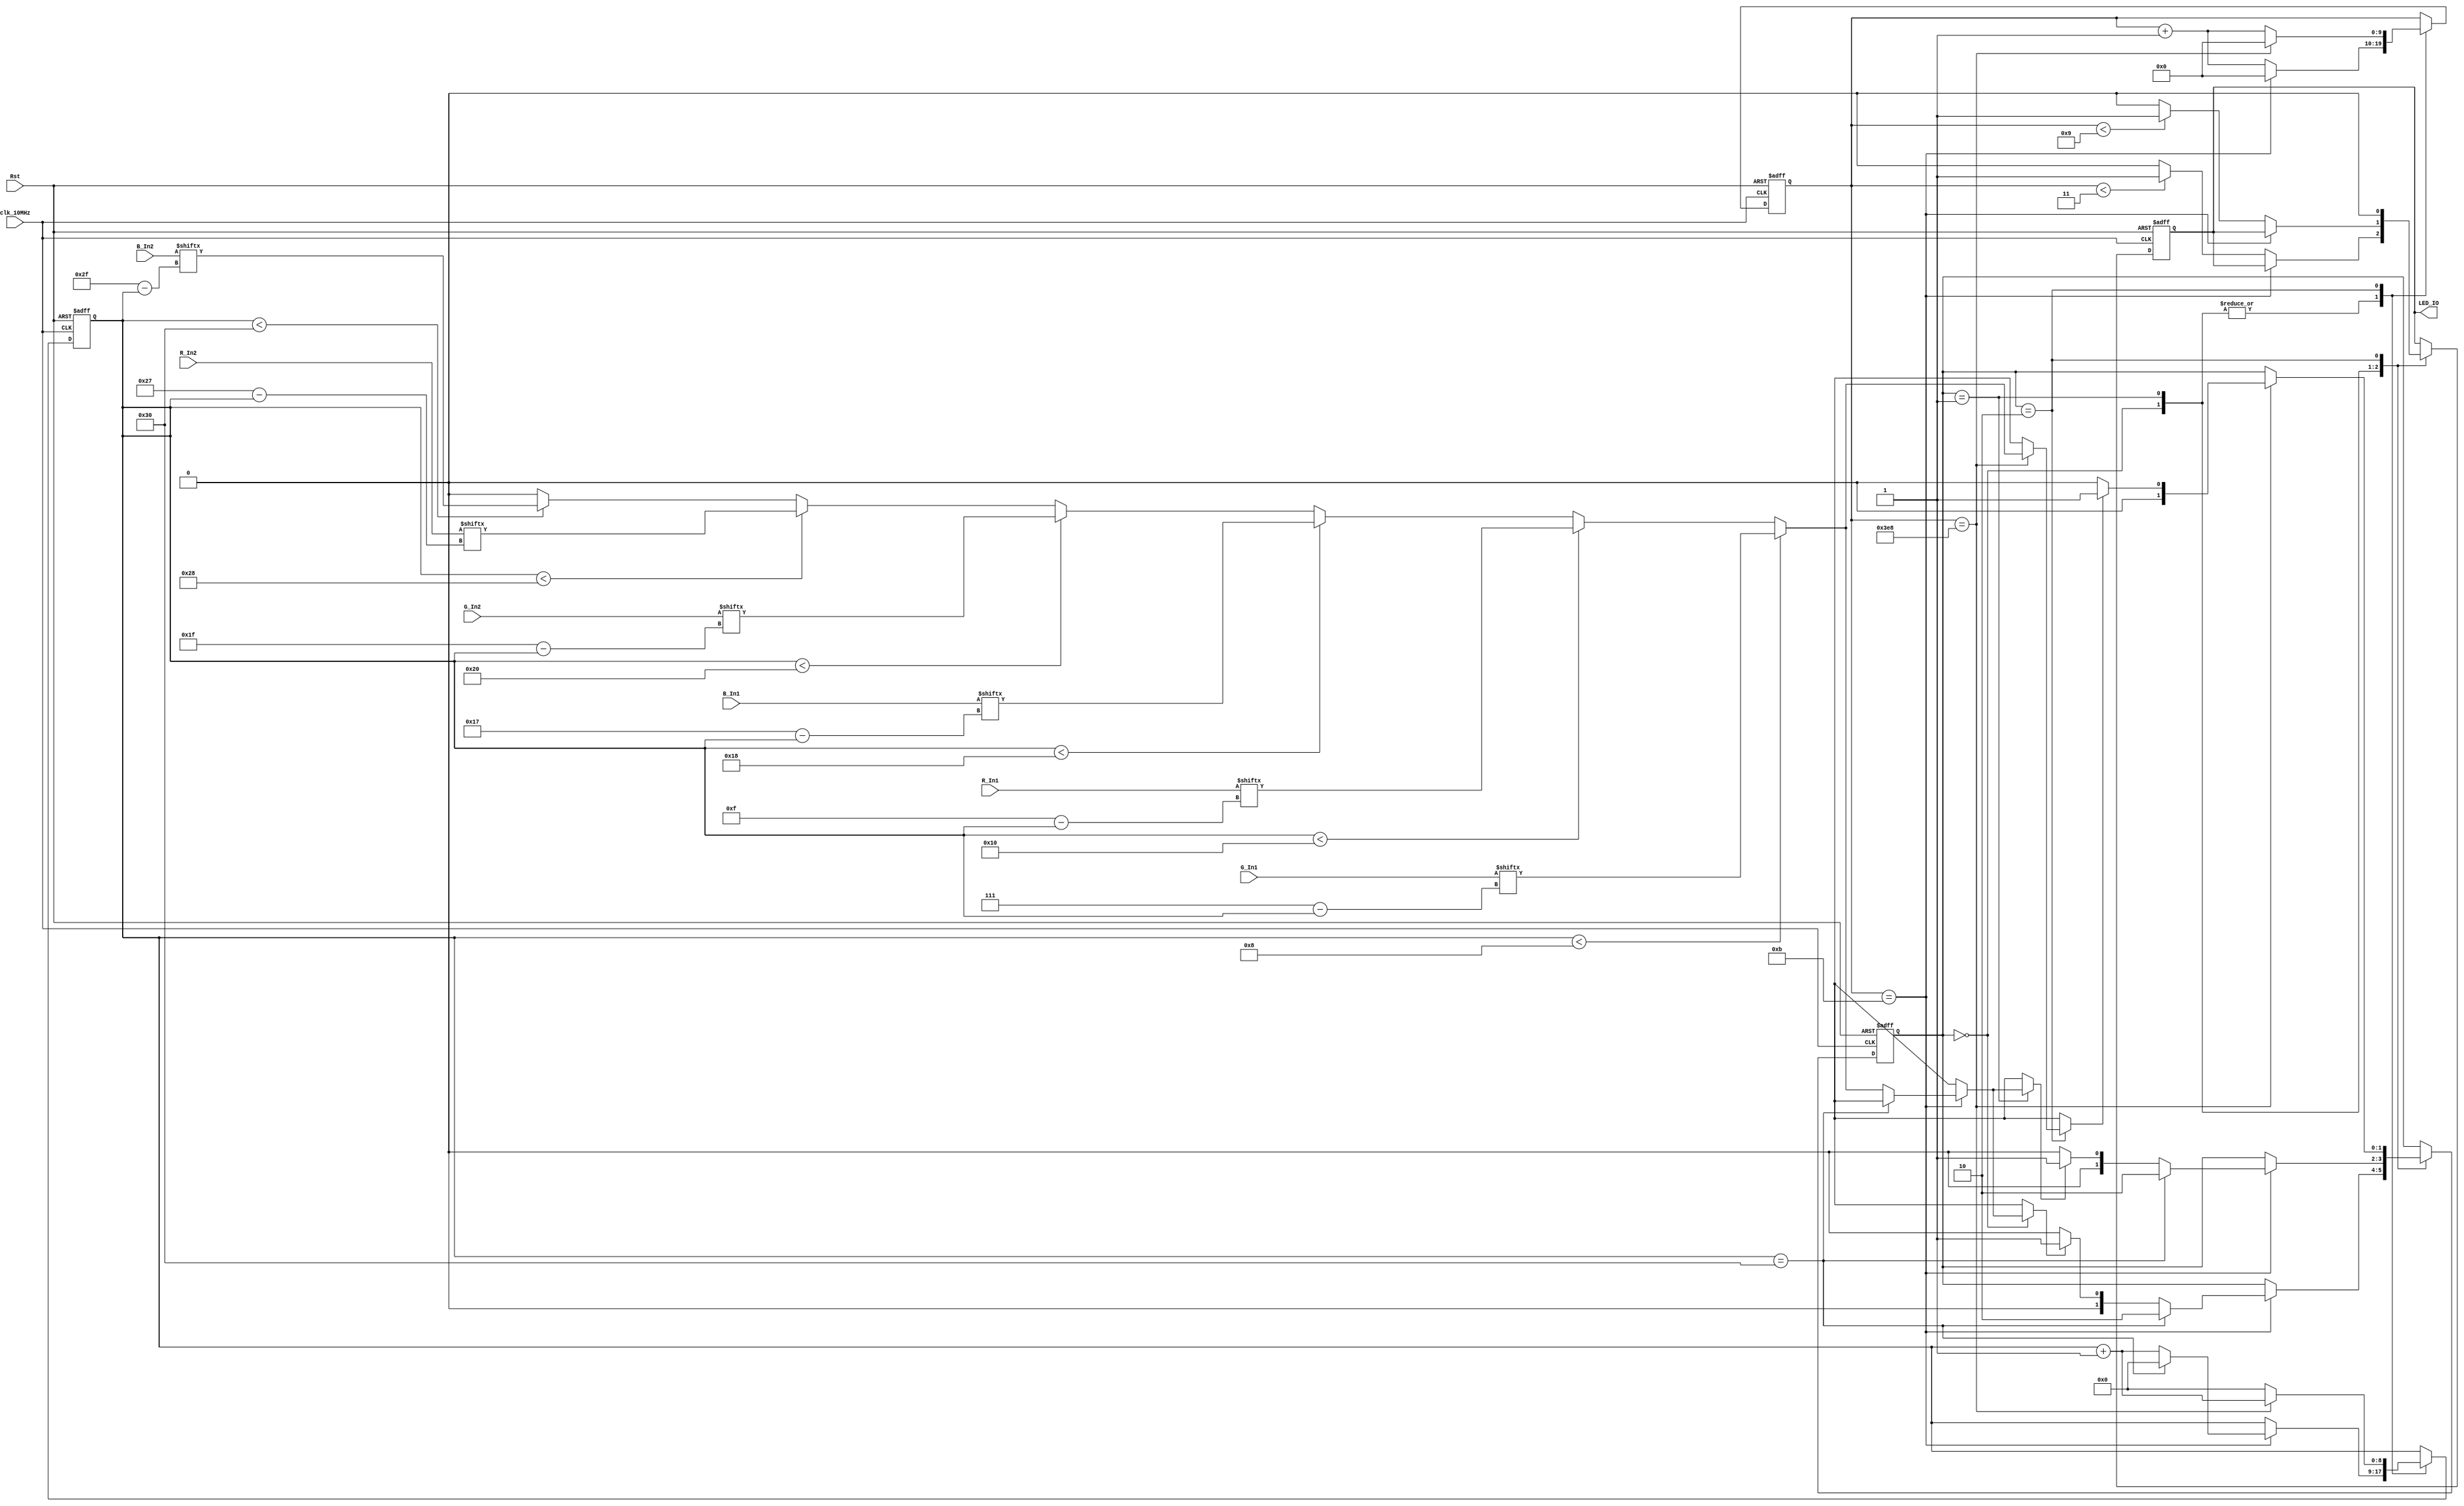
`timescale 1ns / 1ps
//////////////////////////////////////////////////////////////////////////////////
// Company: 
// Engineer: 
// 
// Design Name: 
// Module Name: Driver_SK6805
// Project Name: 
// Target Devices: 
// Tool Versions: 
// Description: 
// 
// Dependencies: 
// 
// Revision:
// Revision 0.01 - File Created
// Additional Comments:
// 
//////////////////////////////////////////////////////////////////////////////////
//State definition
`define State_Division  2'h2            //Frequency division
`define State_Send_0    2'h0            //Send 0 code status
`define State_Send_1    2'h1            //Send 1 code status

//RGB driver, using SK6805 series RGB.
//The coding method is a rectangular wave signal with a frequency of 1.2 kHz, the 25% duty ratio is 0, and the 75% duty ratio is 1.
//RGB single channel has a total of 8 bits, and the transmission mode is G[7], G[6]...G[0], R[7], R[6]...R[0], B[7], B [6]...B[0], total 24bit
//The SK6805 series allows RGB cascading, four-bit pins, two of which are power supply pins, and two input and output pins. Multiple slices can be cascaded, and the upper output is connected to the next input.
//The cascading transmission mode continues to transmit the cascaded RGB data after a single transmission is completed.
//For example: three-level cascading, only need to send 24*3bit data to the first-level RGBLED, then the last 24*2bit data is forwarded to the second level after the first-level reception is completed, and the last 24-bit data is forwarded after the second-level reception Give the third level.
//After each round of communication is completed (the first stage receives all the level data), it needs to have a reset of 80us or more, that is, a low time. Then it will enter the data transmission of the next cycle.
//This driver has been packaged, just assign the RGB channel value, the hardware uses two-bit cascade, so there are only two RGB inputs (48bit).
module Driver_SK6805(
    input [7:0]R_In1,
    input [7:0]G_In1,
    input [7:0]B_In1,
    input [7:0]R_In2,
    input [7:0]G_In2,
    input [7:0]B_In2,
    input clk_10MHz,
    input Rst,
    output reg LED_IO
    );
    
    //The rectangular wave frequency is 1.2kHz, the clock is 10MHz, and it needs to be divided to 10kHz (minimum resolution frequency), and the transmission period is 12
    parameter Period_Send=12;
    parameter Division_Factor=1000;
    //RGB total number of bits sent
    parameter RGB_All_Bit=48;
    //0, 1 code high time
    parameter CODE_High_0=3;
    parameter CODE_High_1=9;
    
    
    reg [1:0]Send_State=0;  //Send state machine
    reg [9:0]Send_Cnt=0;    //Send count
    reg [8:0]Data_Cnt=0;    //Data bit count
    
    //Return current bit
    function [0:0]RGB_Bit;
        input [8:0]Cnt;
        input [7:0]R1;
        input [7:0]G1;
        input [7:0]B1;
        input [7:0]R2;
        input [7:0]G2;
        input [7:0]B2;
        
        begin
            if(Cnt<8)
                RGB_Bit=G1[7-Cnt];
            else if(Cnt<16)
                RGB_Bit=R1[15-Cnt];
            else if(Cnt<24)
                RGB_Bit=B1[23-Cnt];
            else if(Cnt<32)
                RGB_Bit=G2[31-Cnt];
            else if(Cnt<40)
                RGB_Bit=R2[39-Cnt];
            else if(Cnt<48)
                RGB_Bit=B2[47-Cnt];       
            else 
                RGB_Bit=0;
        end
    endfunction
    
    always@(posedge clk_10MHz or negedge Rst)
        begin
            //If entering the reset state
            if(!Rst)
                begin
                    Send_Cnt<=0;
                    Data_Cnt<=0;
                    Send_State<=0;
                    LED_IO<=1'b0;
                end
            else
                case(Send_State)
                    `State_Send_0:
                        begin
                            //If the transmission cycle is reached, jump to the next state
                            if(Send_Cnt==Period_Send-1)
                                begin
                                    //If the entire RGB data is sent, the frequency division state is entered and the data bits are cleared.
                                    if(Data_Cnt==RGB_All_Bit)
                                        begin
                                            Send_State<=`State_Division;
                                            Data_Cnt<=0;
                                        end
                                    //If the next RGB data bit is high, it enters the 1 state and the data bit is incremented by 1.
                                    else if(RGB_Bit(Data_Cnt,R_In1,G_In1,B_In1,R_In2,G_In2,B_In2))
                                        begin
                                            Send_State<=`State_Send_1;
                                            Data_Cnt<=Data_Cnt+1;
                                        end
                                    //If the next RGB data bit is low, it enters the 0 state, and the data bit is incremented by 1.
                                    else
                                        begin
                                            Send_State<=`State_Send_0;
                                            Data_Cnt<=Data_Cnt+1;
                                        end
                                    Send_Cnt<=0;
                                end
                            //Encoding, if the time is less than 0 code high time, it will always be pulled high
                            else if(Send_Cnt<CODE_High_0)
                                begin
                                    LED_IO<=1'b1;
                                    Send_Cnt<=Send_Cnt+1;
                                end
                            //Encode, 0 code low
                            else 
                                begin
                                    LED_IO<=1'b0;
                                    Send_Cnt<=Send_Cnt+1;
                                end
                        end
                    `State_Send_1:
                        begin
                            //If the transmission cycle is reached, jump to the next state
                            if(Send_Cnt==Period_Send-1)
                                begin
                                    //If the entire RGB data is sent, the frequency division state is entered and the data bits are cleared.
                                    if(Data_Cnt==RGB_All_Bit)
                                        begin
                                            Send_State<=`State_Division;
                                            Data_Cnt<=0;
                                        end
                                    //If the next RGB data bit is high, it enters the 1 state and the data bit is incremented by 1.
                                    else if(RGB_Bit(Data_Cnt,R_In1,G_In1,B_In1,R_In2,G_In2,B_In2))
                                        begin
                                            Send_State<=`State_Send_1;
                                            Data_Cnt<=Data_Cnt+1;
                                        end
                                    //If the next RGB data bit is low, it enters the 0 state, and the data bit is incremented by 1.
                                    else
                                        begin
                                            Send_State<=`State_Send_0;
                                            Data_Cnt<=Data_Cnt+1;
                                        end
                                    Send_Cnt<=0;
                                end
                            //Encoding, if the time is less than 1 code high time, it will always be pulled high
                            else if(Send_Cnt<CODE_High_1)
                                begin
                                    LED_IO<=1'b1;
                                    Send_Cnt<=Send_Cnt+1;
                                end
                            //Encoding, 1 code low
                            else 
                                begin
                                    LED_IO<=1'b0;
                                    Send_Cnt<=Send_Cnt+1;
                                end
                        end
                    `State_Division:
                        begin
                            //Perform the frequency division state, if the frequency division ends, judge the data high and low bits
                            if(Send_Cnt==Division_Factor)
                                begin
                                    //If the next RGB data bit is high, it enters the 1 state and the data bit is incremented by 1.
                                    if(RGB_Bit(Data_Cnt,R_In1,G_In1,B_In1,R_In2,G_In2,B_In2))
                                        begin
                                            Send_State<=`State_Send_1;
                                            Data_Cnt<=Data_Cnt+1;
                                        end
                                    //If the next RGB data bit is low, it enters the 0 state, and the data bit is incremented by 1.
                                    else
                                        begin
                                            Send_State<=`State_Send_0;
                                            Data_Cnt<=Data_Cnt+1;
                                        end
                                    Send_Cnt<=0;
                                end
                            else
                                begin
                                    Send_Cnt<=Send_Cnt+1;
                                    Data_Cnt<=0;
                                end
                            LED_IO<=1'b0;
                        end
                endcase
        end
endmodule